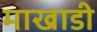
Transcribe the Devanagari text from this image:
माखाडी